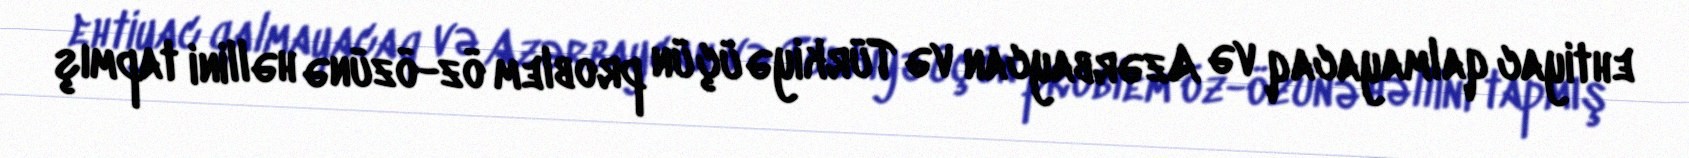
ehtiyac qalmayacaq və Azərbaycan və Türkiyə üçün problem öz-özünə həllini tapmış